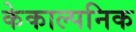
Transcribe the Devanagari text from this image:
केकाल्पनिक